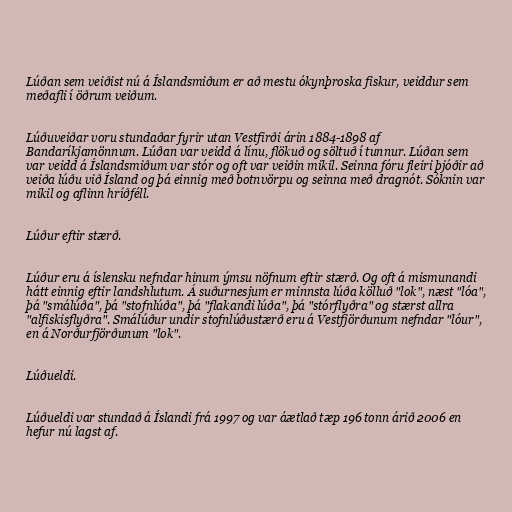
Lúðan sem veiðist nú á Íslandsmiðum er að mestu ókynþroska fiskur, veiddur sem
meðafli í öðrum veiðum.

Lúðuveiðar voru stundaðar fyrir utan Vestfirði árin 1884-1898 af
Bandaríkjamönnum. Lúðan var veidd á línu, flökuð og söltuð í tunnur. Lúðan sem
var veidd á Íslandsmiðum var stór og oft var veiðin mikil. Seinna fóru fleiri þjóðir að
veiða lúðu við Ísland og þá einnig með botnvörpu og seinna með dragnót. Sóknin var
mikil og aflinn hríðféll.

Lúður eftir stærð.

Lúður eru á íslensku nefndar hinum ýmsu nöfnum eftir stærð. Og oft á mismunandi
hátt einnig eftir landshlutum. Á suðurnesjum er minnsta lúða kölluð "lok", næst "lóa",
þá "smálúða", þá "stofnlúða", þá "flakandi lúða", þá "stórflyðra" og stærst allra
"alfiskisflyðra". Smálúður undir stofnlúðustærð eru á Vestfjörðunum nefndar "lóur",
en á Norðurfjörðunum "lok".

Lúðueldi.

Lúðueldi var stundað á Íslandi frá 1997 og var áætlað tæp 196 tonn árið 2006 en
hefur nú lagst af.